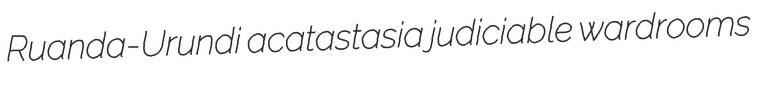
Ruanda-Urundi acatastasia judiciable wardrooms